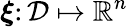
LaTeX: \boldsymbol{\xi}\colon\mathcal{D}\mapsto\mathbb{R}^{n}